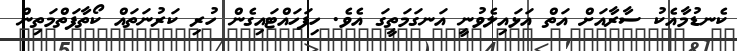
ކެނޑުމާއެކު ސާރާއަށް އަތް އަޅައިލެވުނީ އަނގަމަތީގަ އެވެ. ހިފަހައްޓައިގެން ހުރި ކަރުނަތައް ކޯތާފަތްމަތިން